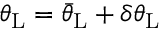
\theta _ { \mathrm { { L } } } = \bar { \theta } _ { \mathrm { { L } } } + \delta \theta _ { \mathrm { { L } } }